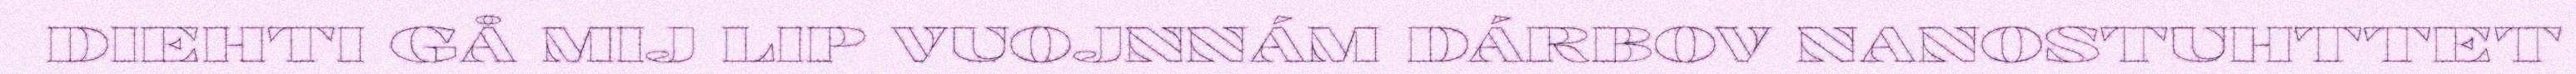
DIEHTI GÅ MIJ LIP VUOJNNÁM DÁRBOV NANOSTUHTTET